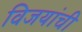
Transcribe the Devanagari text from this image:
विजयांची